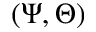
( \Psi , \Theta )